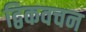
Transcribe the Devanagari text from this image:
द्विकवचन